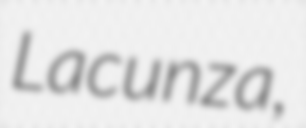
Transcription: Lacunza,